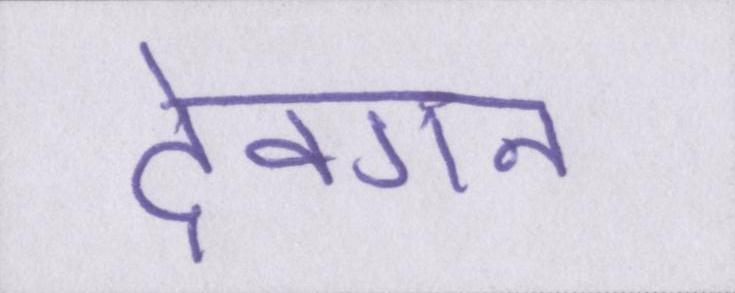
देवगन